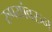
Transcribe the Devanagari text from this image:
रुपयांवरुन